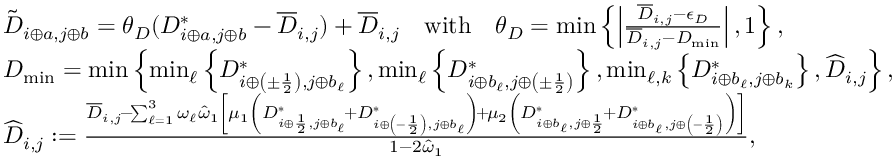
\begin{array} { r l } & { \tilde { D } _ { i \oplus a , j \oplus b } = \theta _ { D } ( D _ { i \oplus a , j \oplus b } ^ { * } - \overline { { D } } _ { i , j } ) + \overline { { D } } _ { i , j } \quad \mathrm { w i t h } \quad \theta _ { D } = \operatorname* { m i n } \left\{ \left| \frac { \overline { { D } } _ { i , j } - \epsilon _ { D } } { \overline { { D } } _ { i , j } - D _ { \operatorname* { m i n } } } \right| , 1 \right\} , } \\ & { D _ { \operatorname* { m i n } } = \operatorname* { m i n } \left\{ \operatorname* { m i n } _ { \ell } \left\{ D _ { i \oplus \left( \pm \frac 1 2 \right) , j \oplus b _ { \ell } } ^ { * } \right\} , \operatorname* { m i n } _ { \ell } \left\{ D _ { i \oplus b _ { \ell } , j \oplus \left( \pm \frac 1 2 \right) } ^ { * } \right\} , \operatorname* { m i n } _ { \ell , k } \left\{ D _ { i \oplus b _ { \ell } , j \oplus b _ { k } } ^ { * } \right\} , \widehat { D } _ { i , j } \right\} , } \\ & { \widehat { D } _ { i , j } : = \frac { \overline { { D } } _ { i , j } \! - \! \sum _ { \ell = 1 } ^ { 3 } \omega _ { \ell } \hat { \omega } _ { 1 } \left[ \mu _ { 1 } \left( D _ { i \oplus \frac 1 2 , j \oplus b _ { \ell } } ^ { * } \! + D _ { i \oplus \left( - \frac 1 2 \right) , j \oplus b _ { \ell } } ^ { * } \right) \! + \! \mu _ { 2 } \left( D _ { i \oplus b _ { \ell } , j \oplus \frac 1 2 } ^ { * } \! + D _ { i \oplus b _ { \ell } , j \oplus \left( - \frac 1 2 \right) } ^ { * } \right) \right] } { 1 - 2 \hat { \omega } _ { 1 } } , } \end{array}